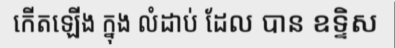
កើតឡើង ក្នុង លំដាប់ ដែល បាន ឧទ្ទិស